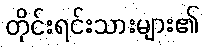
တိုင်းရင်းသားများ၏